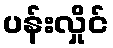
ပန်းလှိုင်